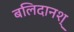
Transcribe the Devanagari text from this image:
बलिदानश्